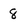
Character: 8